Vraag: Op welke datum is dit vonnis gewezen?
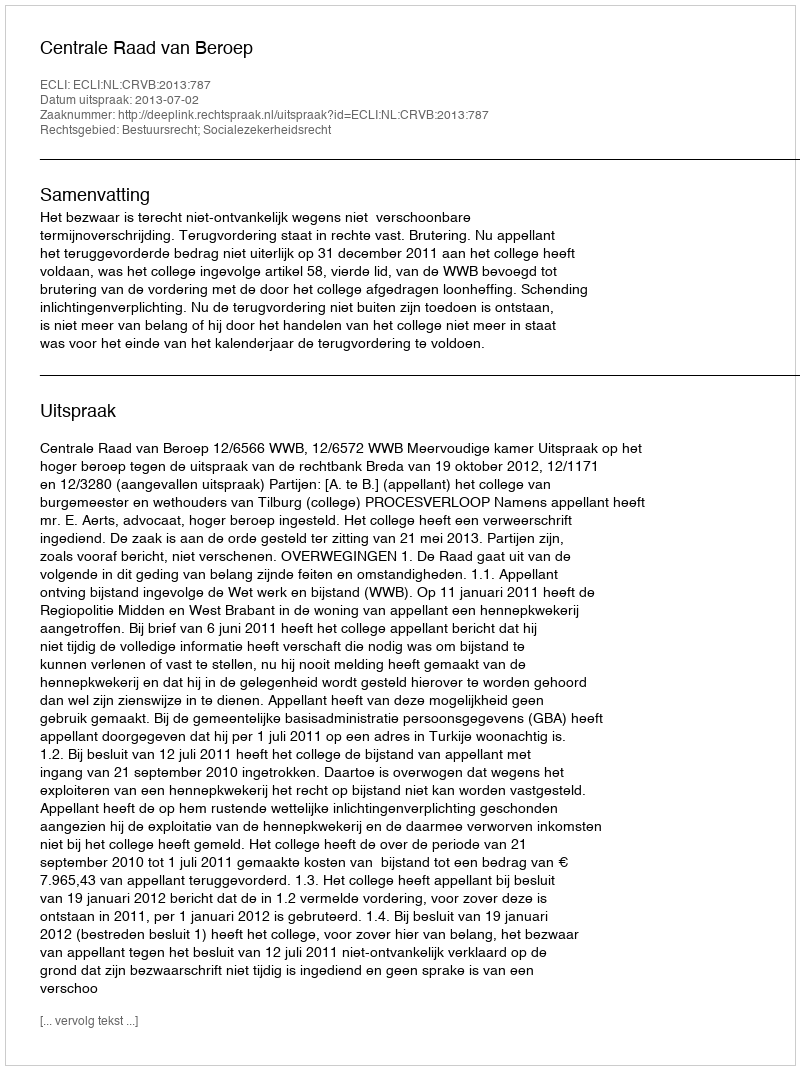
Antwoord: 2013-07-02